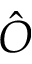
\hat { O }